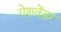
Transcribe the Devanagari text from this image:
गेशवेंडर